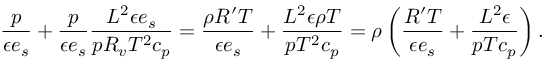
\frac { p } { \epsilon e _ { s } } + \frac { p } { \epsilon e _ { s } } \frac { L ^ { 2 } \epsilon e _ { s } } { p R _ { v } T ^ { 2 } c _ { p } } = \frac { \rho R ^ { \prime } T } { \epsilon e _ { s } } + \frac { L ^ { 2 } \epsilon \rho T } { p T ^ { 2 } c _ { p } } = \rho \left( \frac { R ^ { \prime } T } { \epsilon e _ { s } } + \frac { L ^ { 2 } \epsilon } { p T c _ { p } } \right) .